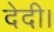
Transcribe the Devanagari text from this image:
देदी।